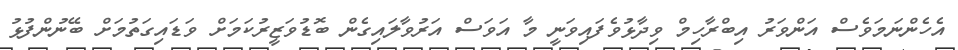
އެހެންނަމަވެސް އަންވަރު އިބްރާހިމް ވިދާޅުވެފައިވަނީ މާ އަވަސް އަރުވާލައިގެން ބޮޑުވަޒީރުކަމަށް ވަޑައިގަތުމަށް ބޭނުންފުޅު